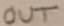
Text: OUT